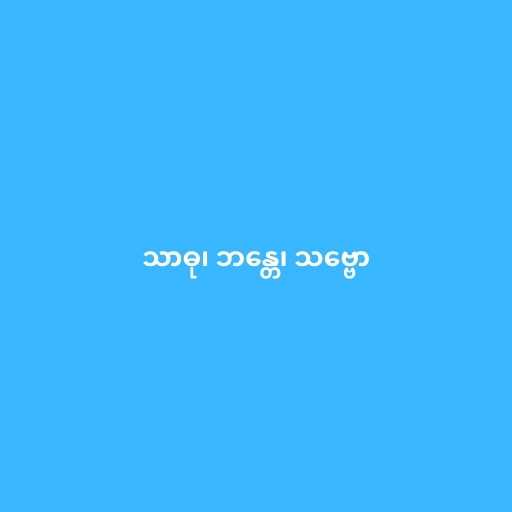
သာဓု၊ ဘန္တေ၊ သဗ္ဗော